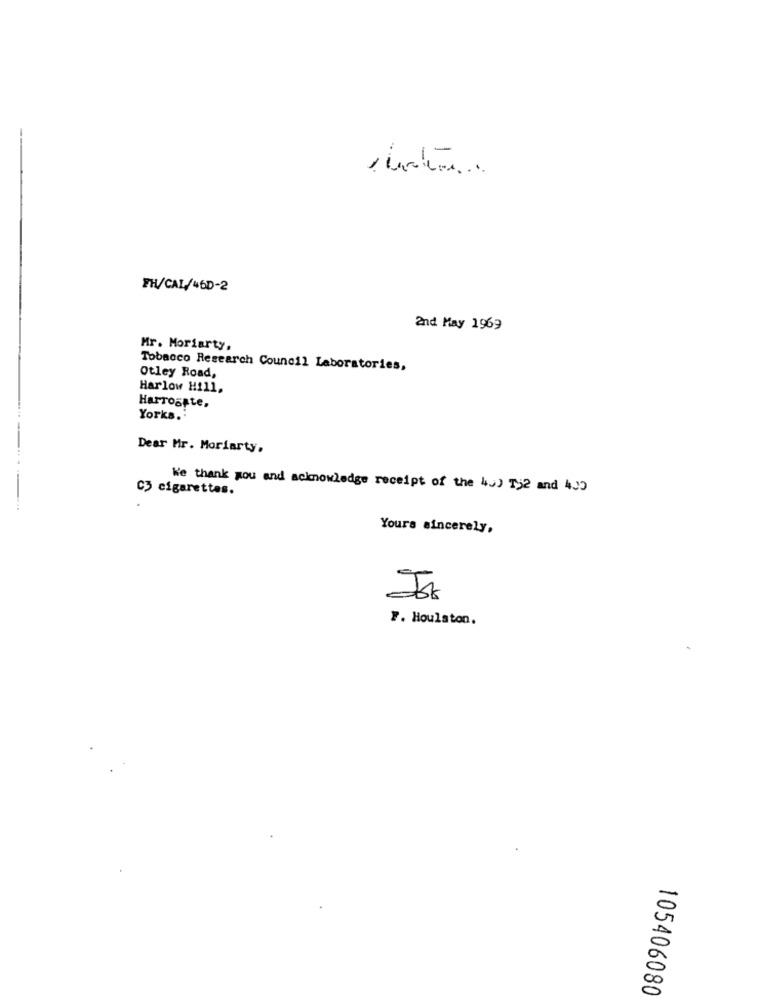
PH/CAL/46D-2
2nd May 1969
Mr. Moriarty,
Tobacco Research Council Laboratories,
Otley Road,
Harlow Hill,
Harrogate,
Yorks .:
Dear Mr. Moriarty,
C3 cigarettes.
We thank you and acknowledge receipt of the 4J) Tj2 and 400
Yours sincerely,
F. Houlaton.
105406080